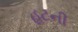
હટની